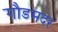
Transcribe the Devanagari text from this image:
गौडमदर